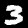
Digit: 3